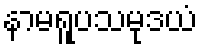
နာမရူပသမုဒယံ